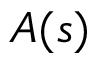
A ( s )